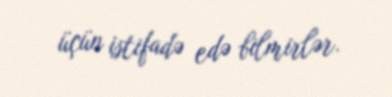
üçün istifadə edə bilmirlər.